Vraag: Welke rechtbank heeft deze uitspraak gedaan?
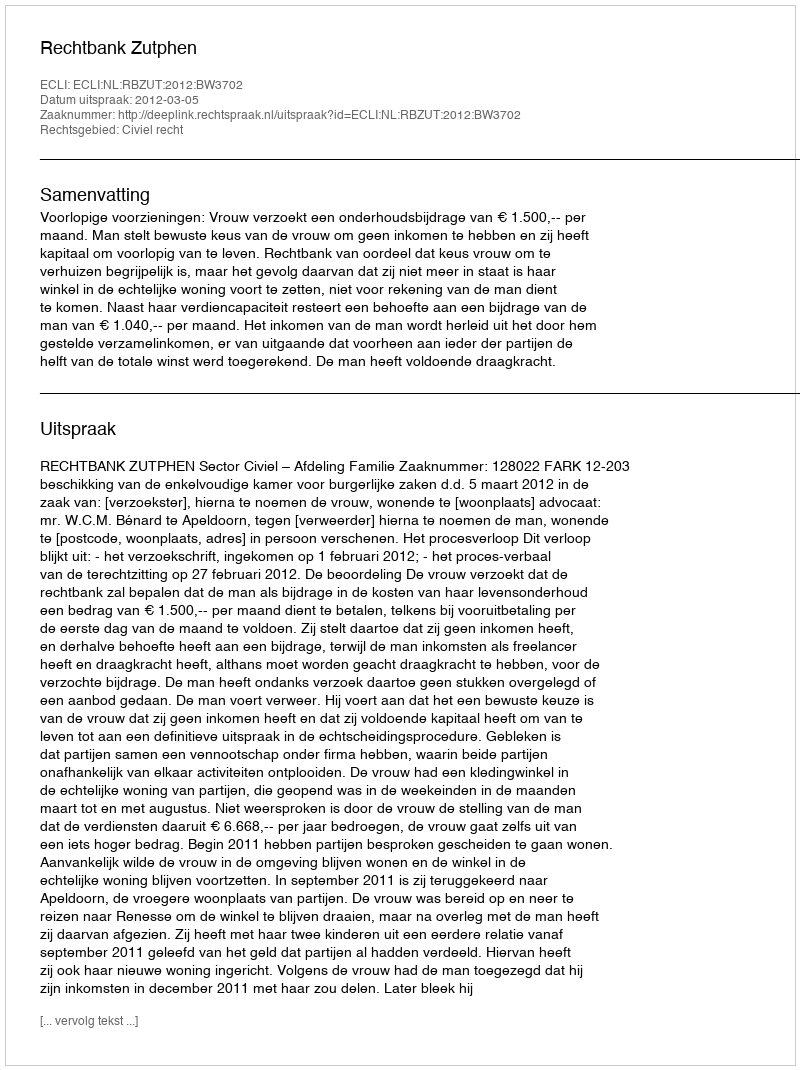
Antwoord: Rechtbank Zutphen